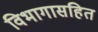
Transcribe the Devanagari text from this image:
विभागासहित